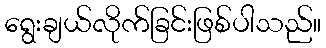
ရွေးချယ်လိုက်ခြင်းဖြစ်ပါသည်။